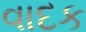
વાદક